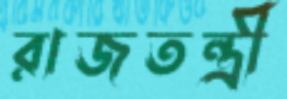
রাজতন্ত্রী